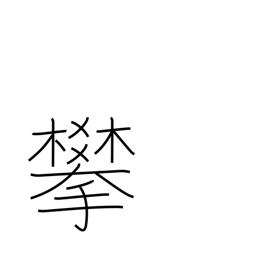
Meaning: climb